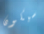
سيكون